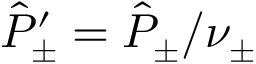
\hat { P } _ { \pm } ^ { \prime } \stackrel { } { = } \hat { P } _ { \pm } / \nu _ { \pm }